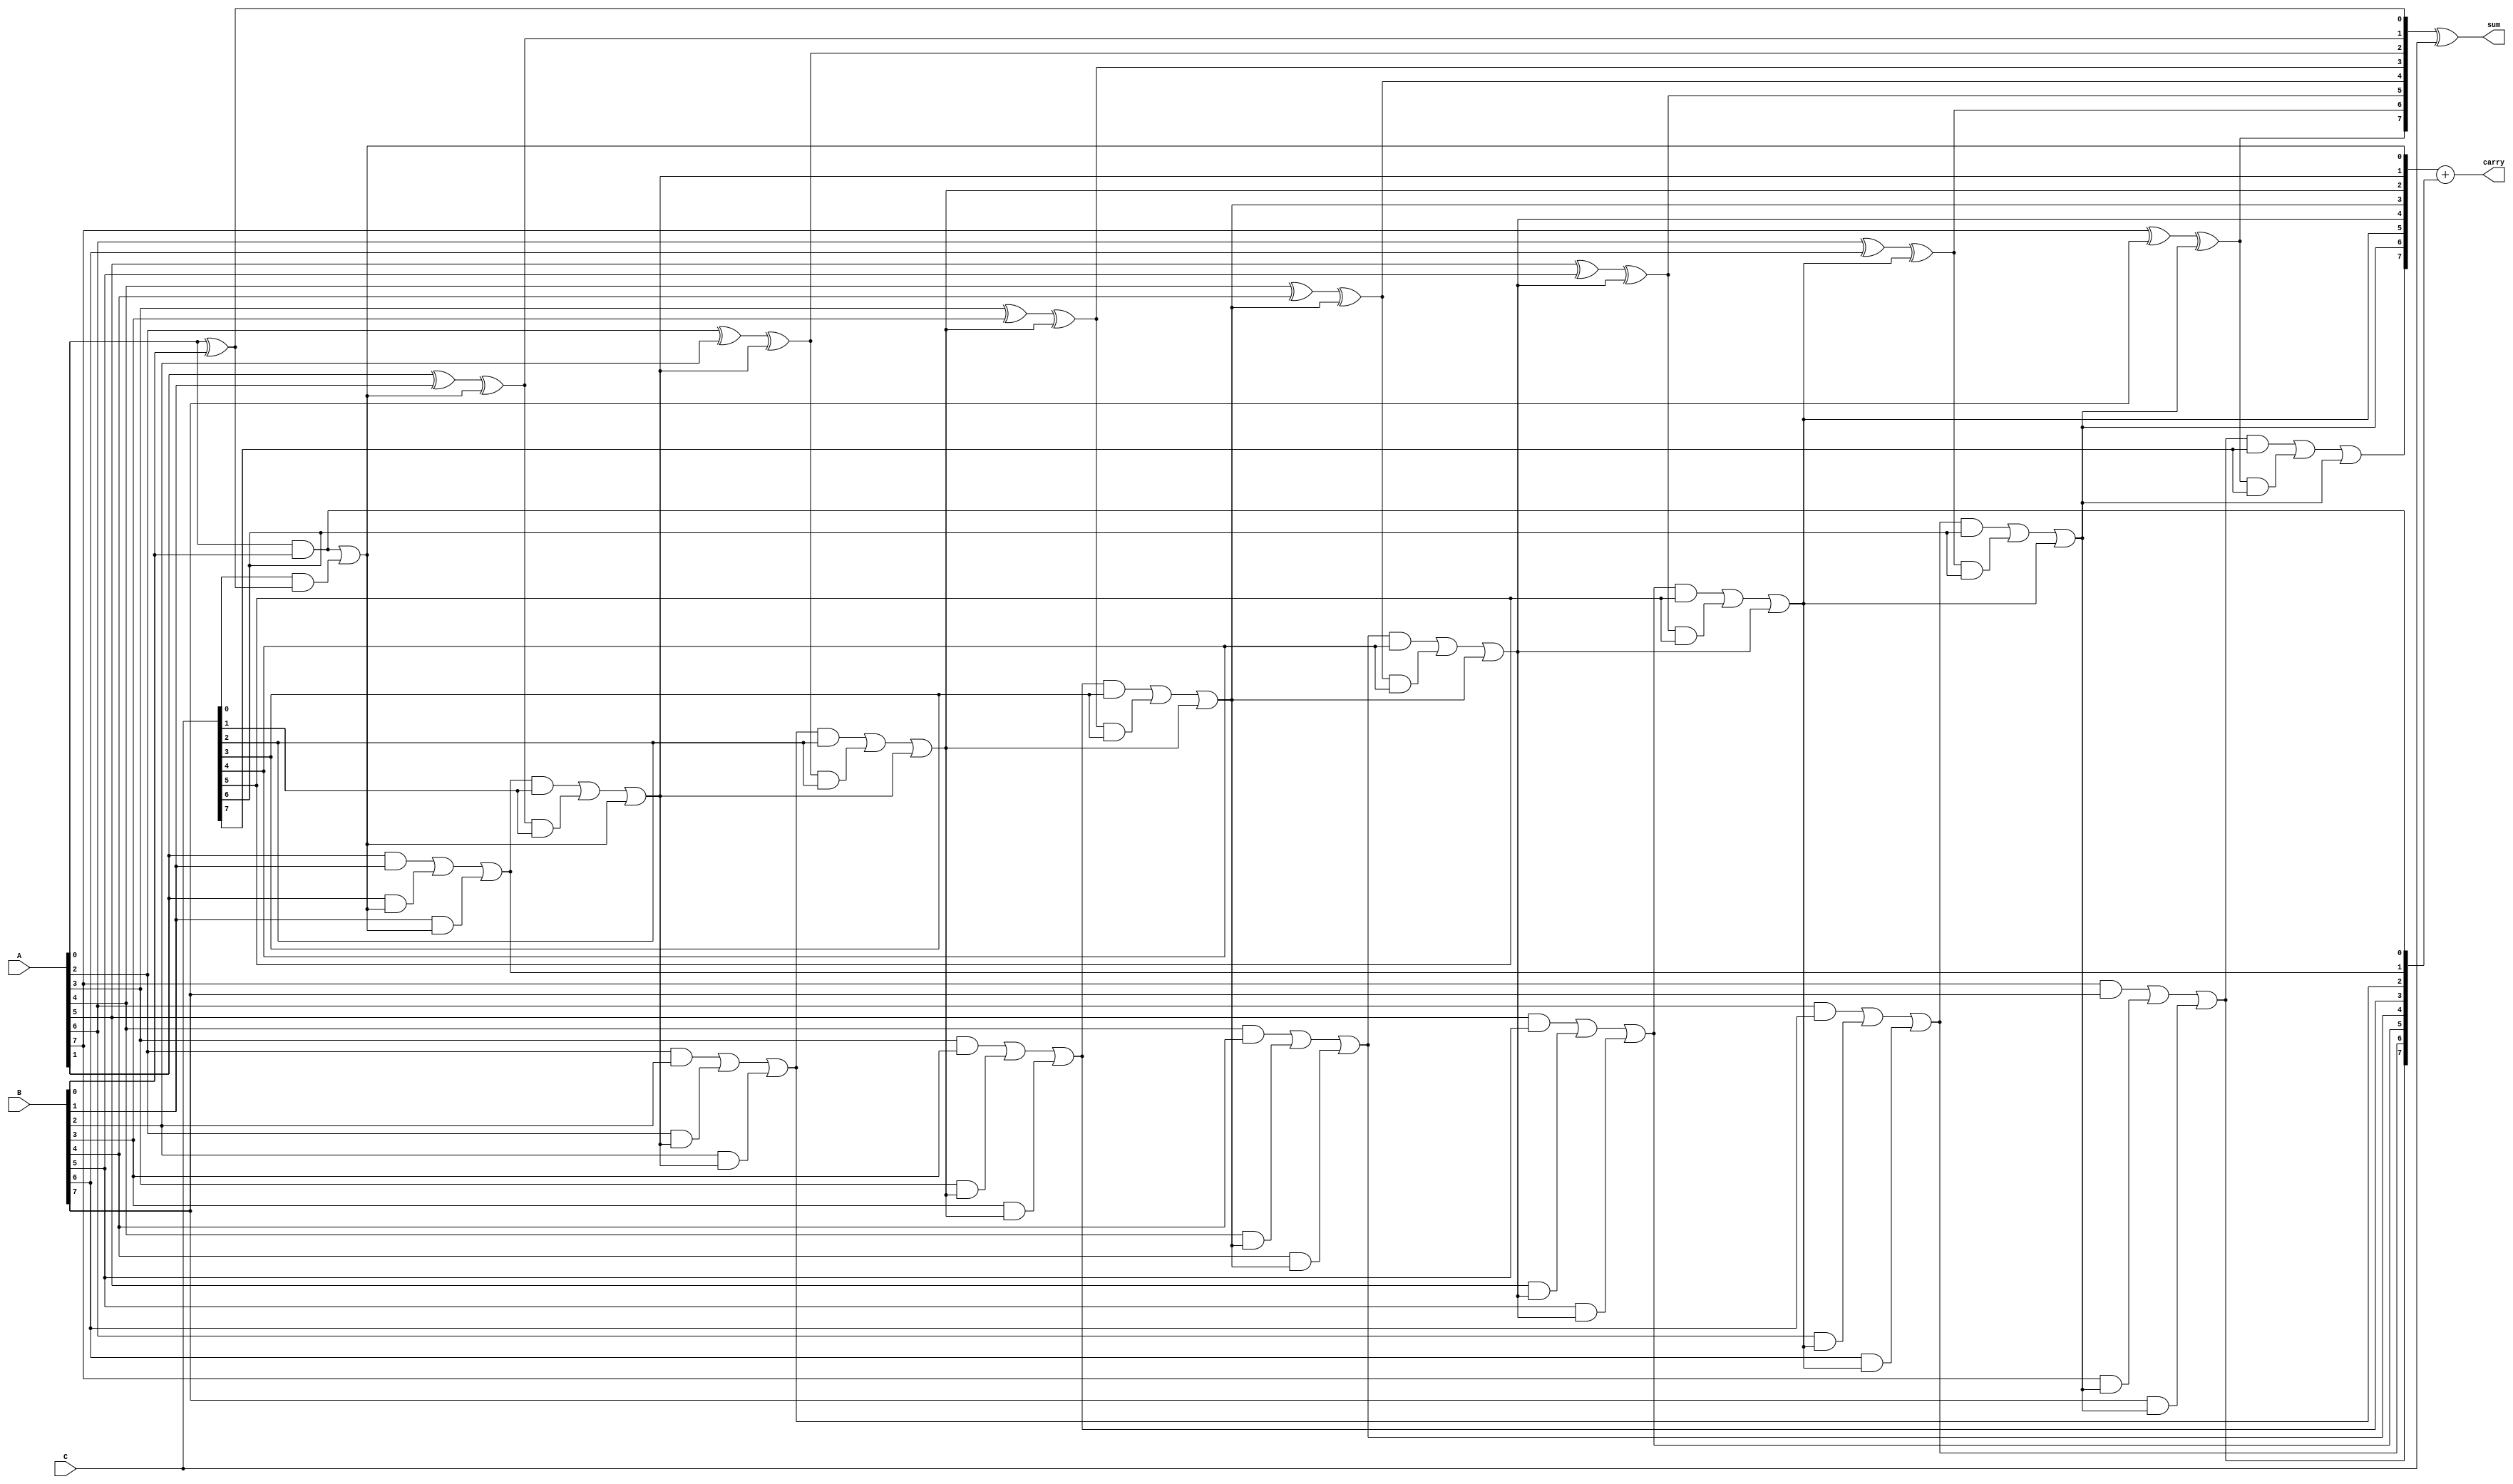
module CarrySaveAdder #(parameter WIDTH = 8)(
    input [WIDTH-1:0] A,
    input [WIDTH-1:0] B,
    input [WIDTH-1:0] C,
    output [WIDTH-1:0] sum,
    output [WIDTH:0] carry
);

// Temporary wires to hold sum and carry results
wire [WIDTH-1:0] half_sum;
wire [WIDTH-1:0] half_carry;
wire [WIDTH-1:0] full_carry;

genvar i;

// Generate half adders for inputs A and B
generate
    for (i = 0; i < WIDTH; i = i + 1) begin: half_adders
        if (i == 0) begin
            // First bit addition
            assign half_sum[i] = A[i] ^ B[i]; // Sum
            assign half_carry[i] = A[i] & B[i]; // Carry
        end else begin
            // Remaining bits addition
            assign half_sum[i] = A[i] ^ B[i] ^ full_carry[i-1]; // Sum
            assign half_carry[i] = (A[i] & B[i]) | (A[i] & full_carry[i-1]) | (B[i] & full_carry[i-1]); // Carry
        end
    end
endgenerate

// Generate full adders for inputs C
generate
    for (i = 0; i < WIDTH; i = i + 1) begin: full_adders
        if (i == 0) begin
            // First bit with carry from half adder
            assign full_carry[i] = half_carry[i] | (C[i] & half_sum[i]); // Carry
        end else begin
            // Remaining bits with carry from previous full adder and half adder
            assign full_carry[i] = (half_carry[i] & C[i]) | (half_sum[i] & C[i]) | full_carry[i-1]; // Carry
        end
    end
endgenerate

// Final sum output
assign sum = half_sum ^ C;

// Final carry output
assign carry = {1'b0, full_carry} + {1'b0, half_carry}; // Expanding width by 1 to accommodate carry

endmodule